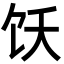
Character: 饫